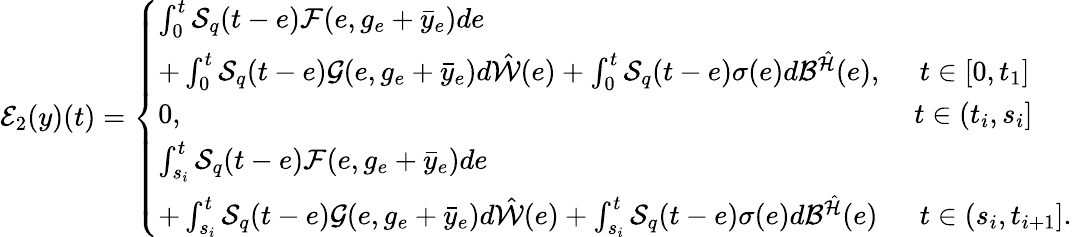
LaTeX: {\cal E}_{2}(y)(t)=\left\{ \begin{array}{ll}{\int_{0}^{t}{\cal S}_{q}(t-e){\cal F}(e,g_{e}+\bar{y}_{e})de}\\ {+\int_{0}^{t}{\cal S}_{q}(t-e){\cal G}(e,g_{e}+\bar{y}_{e})d\hat{\cal W}(e)+\int_{0}^{t}{\cal S}_{q}(t-e)\sigma(e)d{\cal B}^{\hat{\cal H}}(e),}&{\mathrm\; \, t\in[0,t_{1}]}\\ {0,}&{\mathrm\ t\in(t_{i},s_{i}]}\\ {\int_{s_{i}}^{t}{\cal S}_{q}(t-e){\cal F}(e,g_{e}+\bar{y}_{e})de}\\ {+\int_{s_{i}}^{t}{\cal S}_{q}(t-e){\cal G}(e,g_{e}+\bar{y}_{e})d\hat{\cal W}(e)+\int_{s_{i}}^{t}{\cal S}_{q}(t-e)\sigma(e)d{\cal B}^{\hat{\cal H}}(e)}&{\mathrm\; \, t\in(s_{i},t_{i+1}].}\end{array}\right.